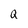
Character: Q